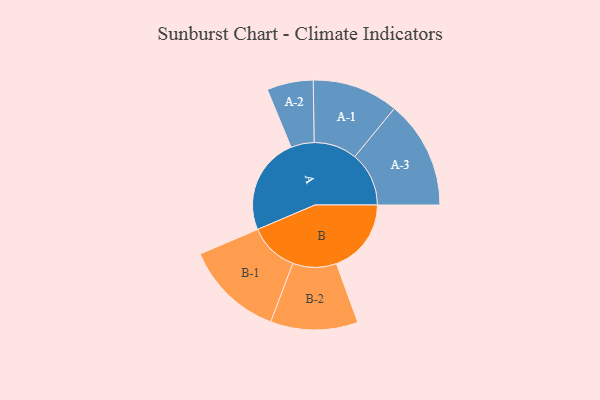
{"axis": {"x": "Segment", "y": "Value"}, "legend": ["", "A", "B"], "data": [{"x": "A", "y": 473, "type": ""}, {"x": "B", "y": 365, "type": ""}, {"x": "A-1", "y": 210, "type": "A"}, {"x": "A-2", "y": 113, "type": "A"}, {"x": "A-3", "y": 264, "type": "A"}, {"x": "B-1", "y": 241, "type": "B"}, {"x": "B-2", "y": 213, "type": "B"}]}